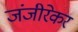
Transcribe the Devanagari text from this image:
जंजीरेकर